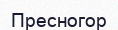
Пресногор